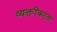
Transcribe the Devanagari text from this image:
व्यक्तींकरता